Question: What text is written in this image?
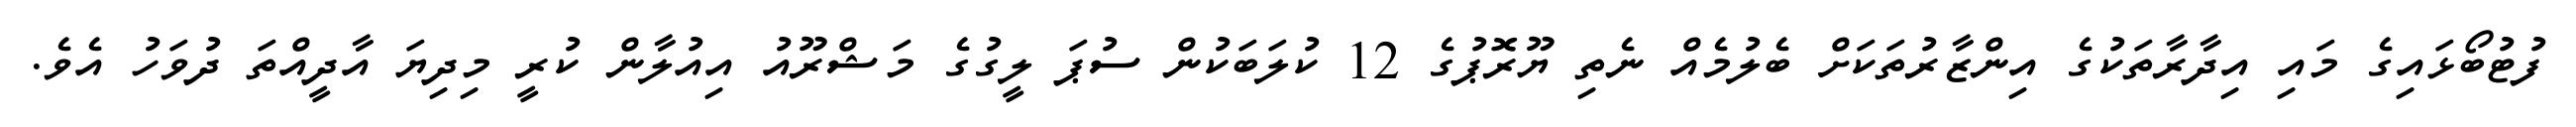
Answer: ފުޓުބޯޅައިގެ މައި އިދާރާތަކުގެ އިންޒާރުތަކަށް ބެލުމެއް ނެތި ޔޫރޮޕުގެ 12 ކުލަބަކުން ސުޕަ ލީގުގެ މަޝްރޫއު އިއުލާން ކުރީ މިދިޔަ އާދީއްތަ ދުވަހު އެވެ.